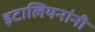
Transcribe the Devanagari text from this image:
इटालियनांनी